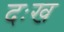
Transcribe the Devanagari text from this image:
दःख